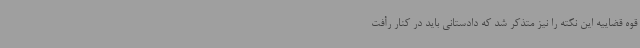
قوه قضاییه این نکته را نیز متذکر شد که دادستانی باید در کنار رأفت